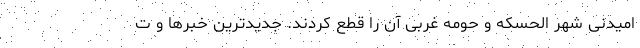
امیدنی شهر الحسکه و حومه غربی آن را قطع کردند. جدیدترین خبرها و ت